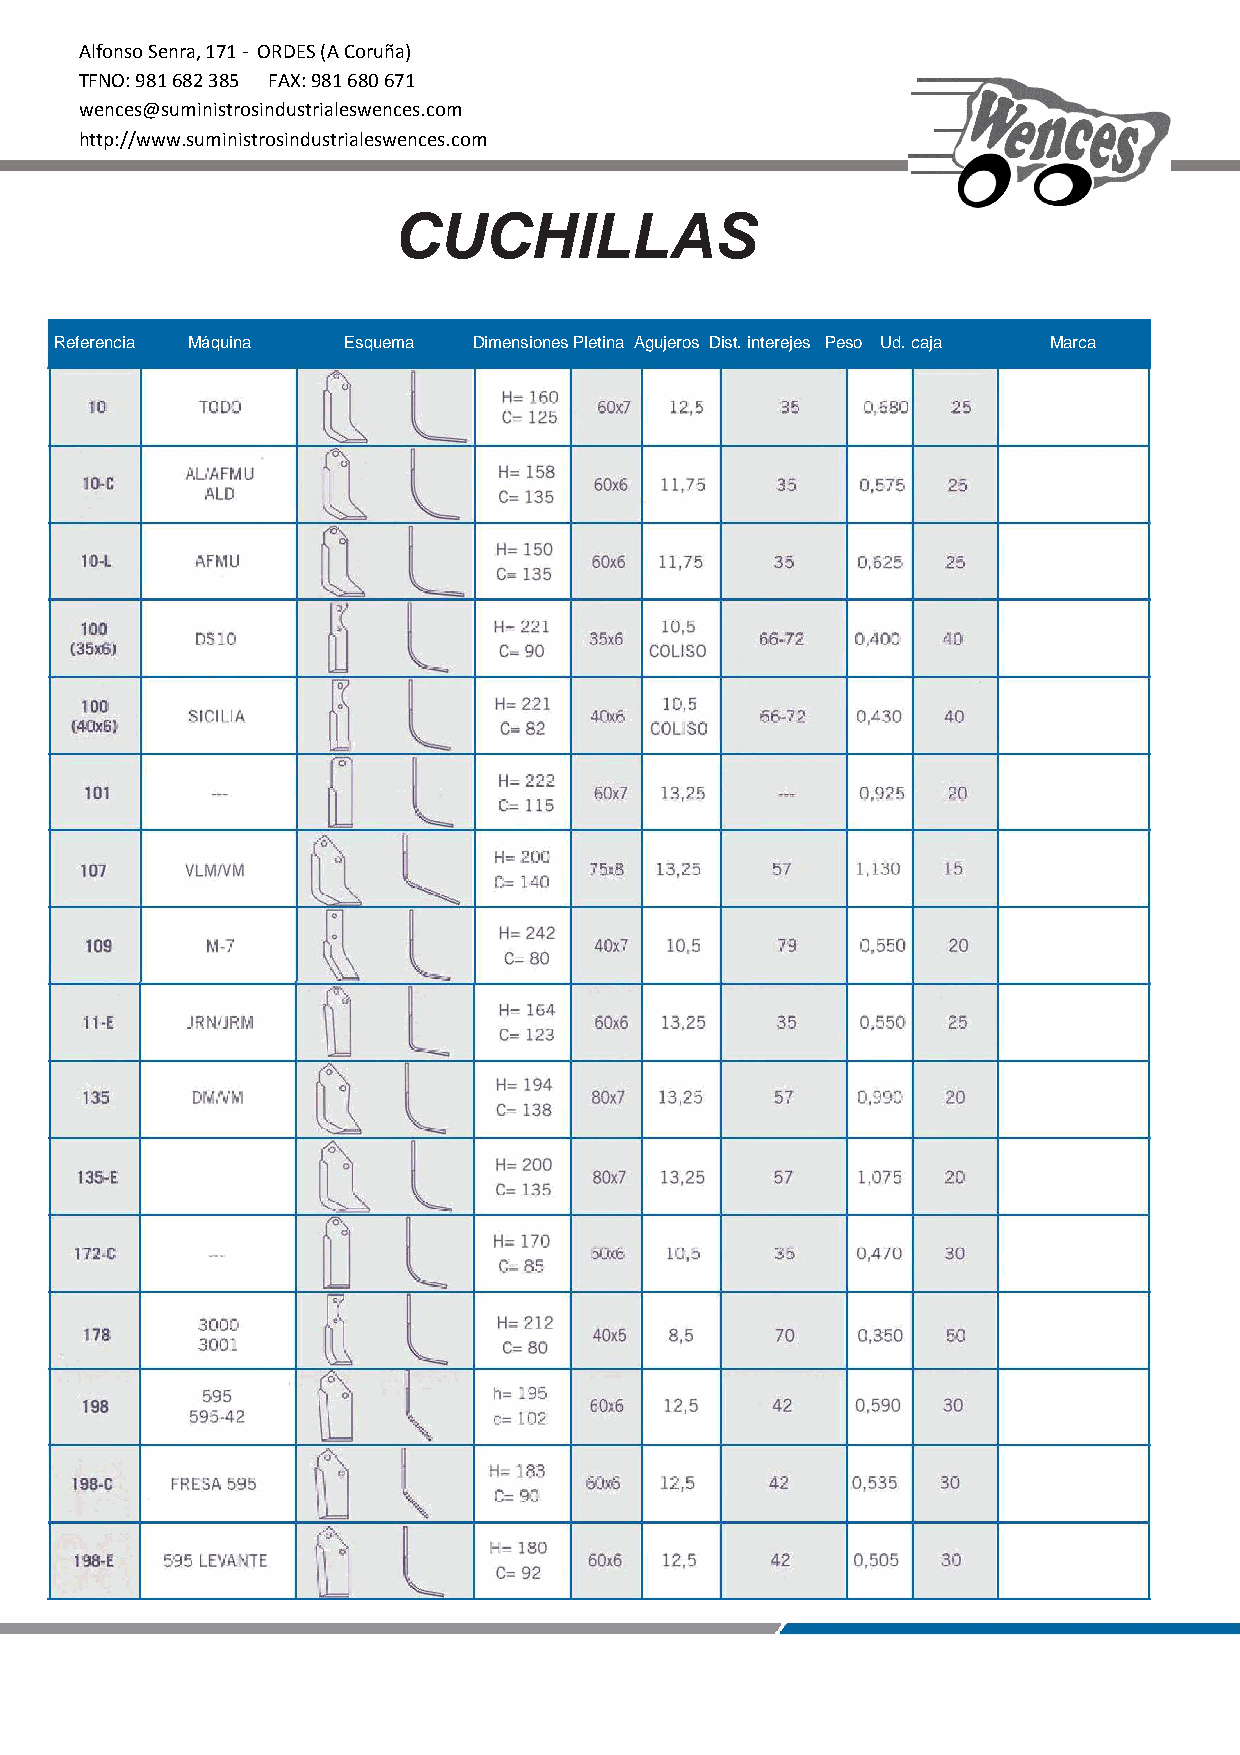
Alfonso Senra, 171 - ORDES (A Coruña)
 TFNO: 981 682 385 FAX: 981 680 671
 wences@suministrosindustrialeswences.com
 http://www.suministrosindustrialeswences.com
 CUCHILLAS
 Referencia Máquina Esquema Dimensiones Pletina Agujeros Dist. interejes Peso Ud. caja Marca